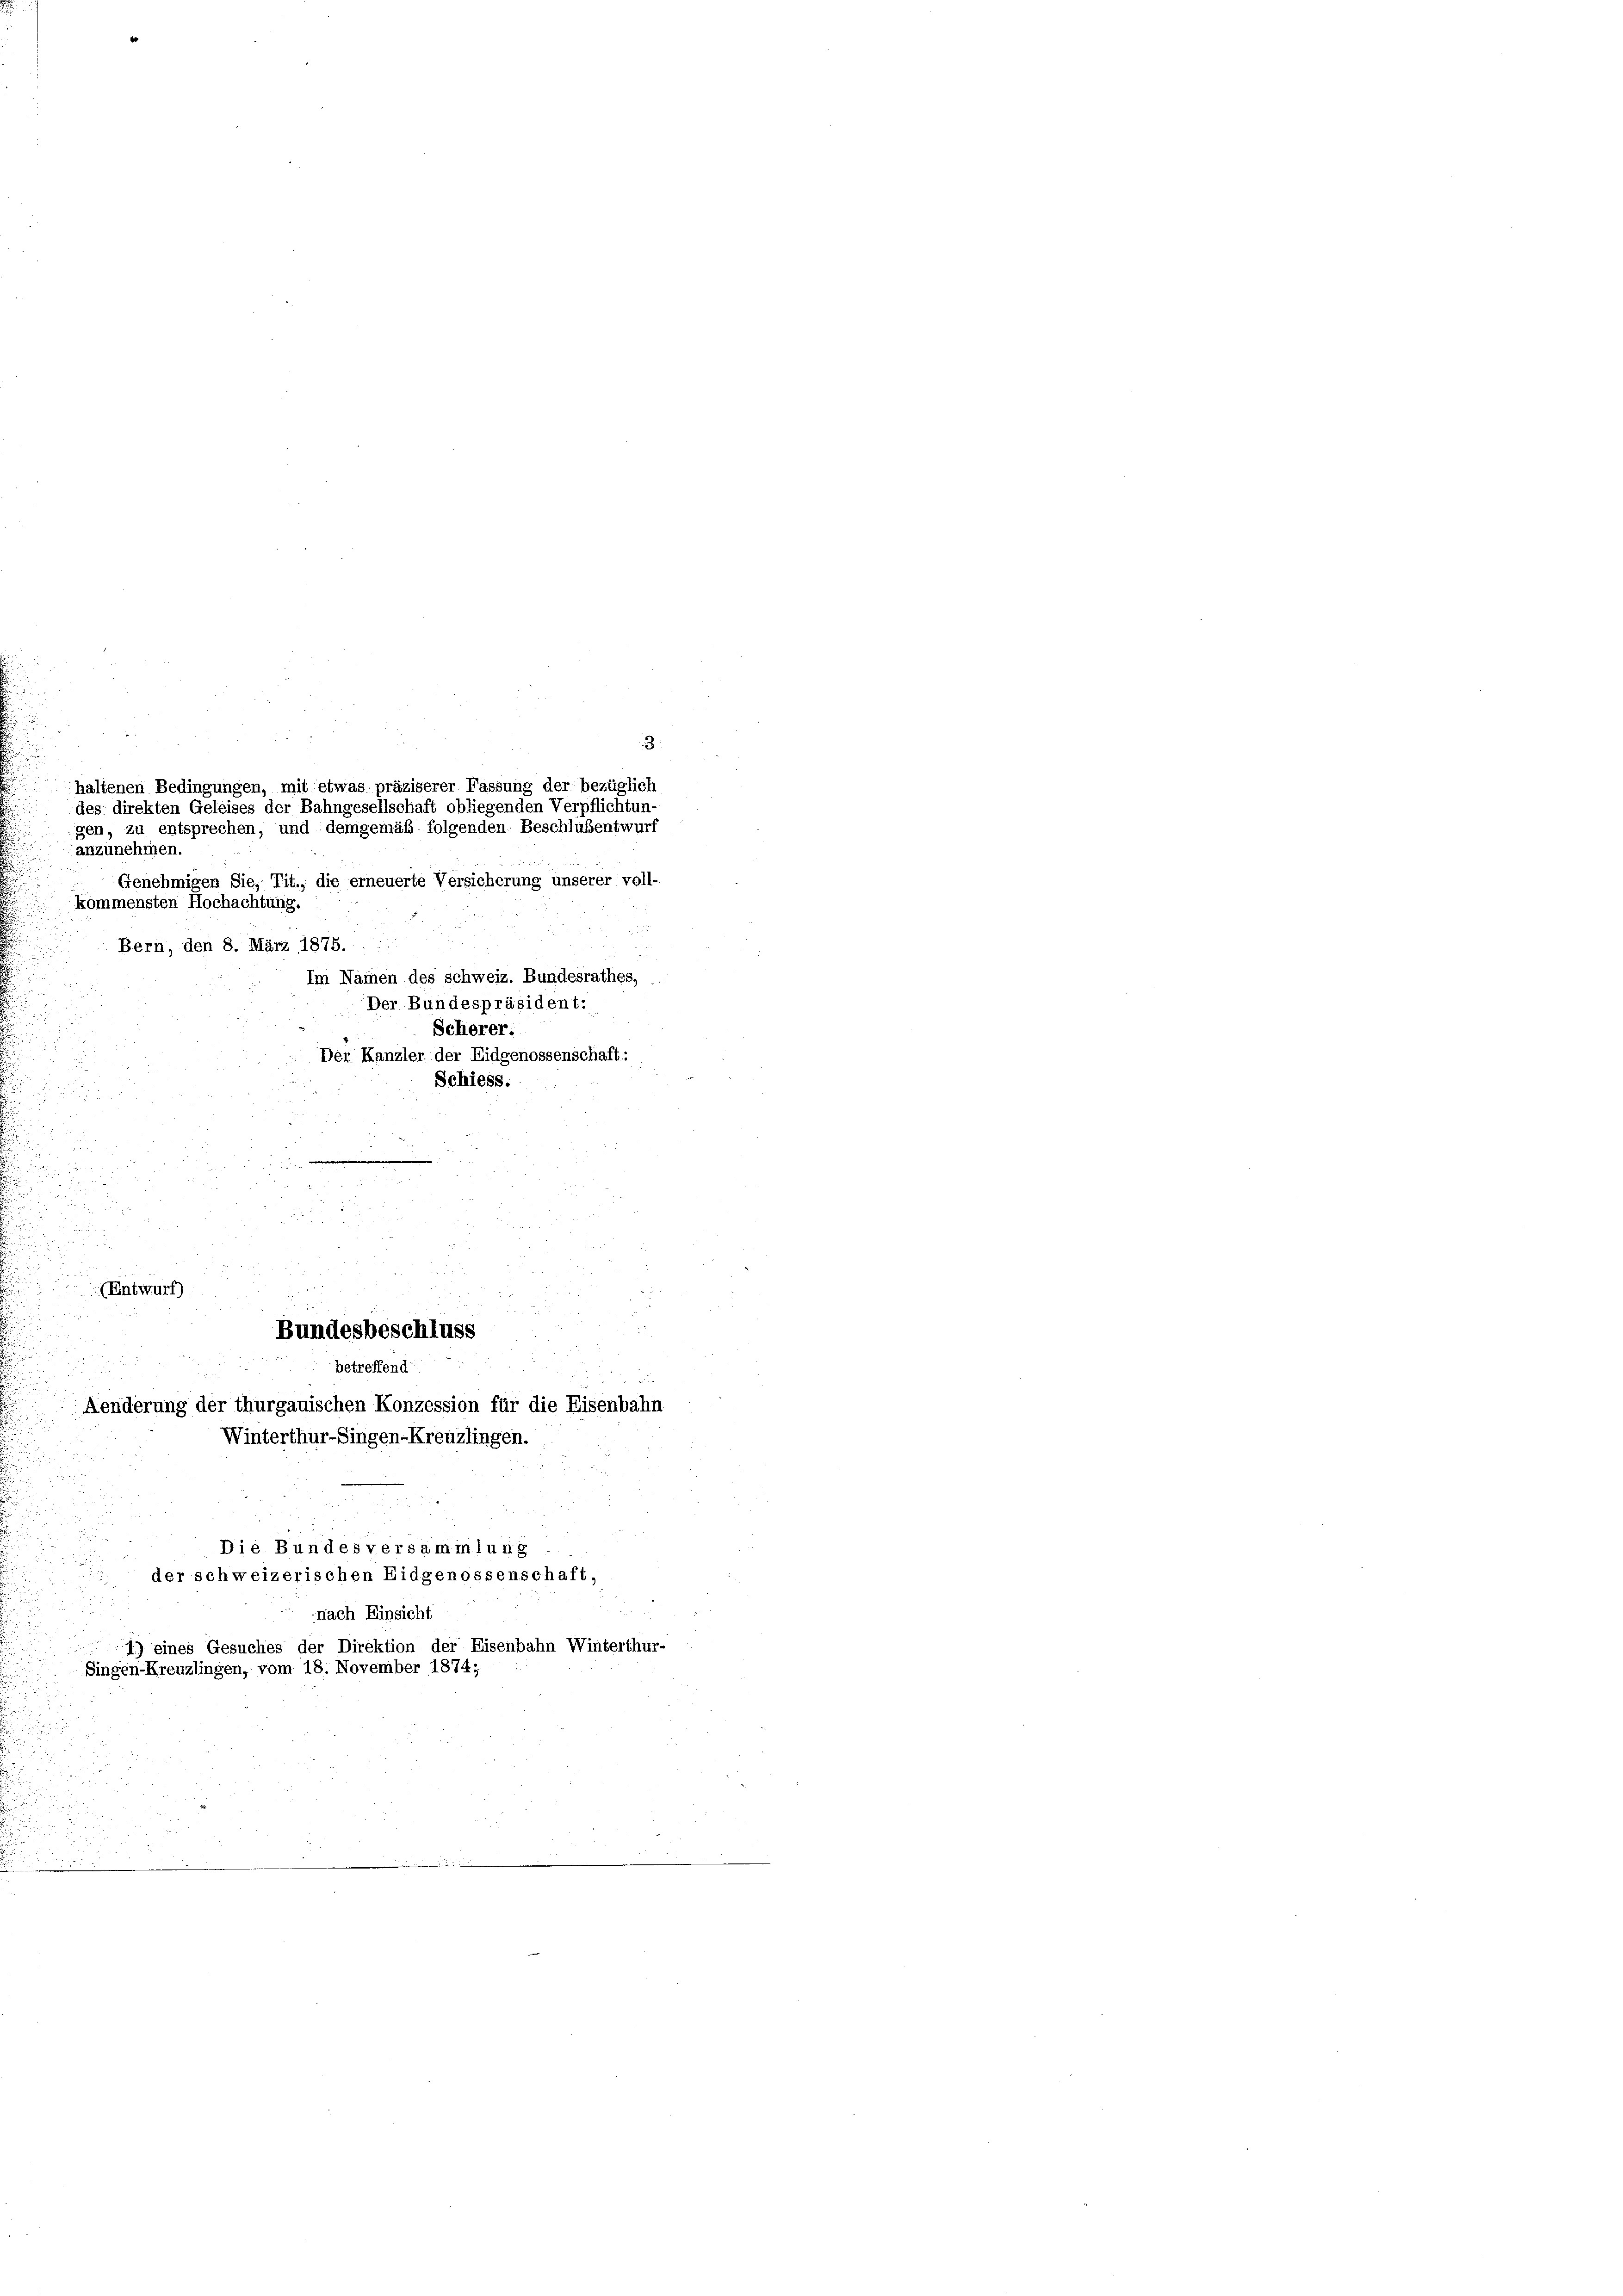
3
anzunehmen.
Genehmigen Sie, Tit., die erneuerte Versicherung unserer voll-
kommensten Hochachtung.
Bern, den 8. März 1875.
Im Namen des schweiz. Bundesrathes,
Der Bundespräsident:
Scherer.
Der Kanzler der Eidgenossenschaft:
g
Schiess.

n
.

u
2

x

5
n

Die Bundesversammlung
der schweizerischen Eidgenossenschaft,
nach Einsicht
1) eines Gesuches der Direktion der Eisenbahn Winterthu
Singen-Kreuzlingen, vom 18. November 1874;

(Entwurf)

haltenen Bedingungen, mit etwas präziserer Fassung der bezüglich
des direkten Geleises der Bahngesellschaft obliegenden Verpflichtun
gen, zu entsprechen, und demgemäß folgenden Beschlußentwurf

Bundesbeschluss
betreffend
Aenderung der thurgauischen Konzession für die Eisenbahr
Winterthur–Singen-Kreuzlingen.

1